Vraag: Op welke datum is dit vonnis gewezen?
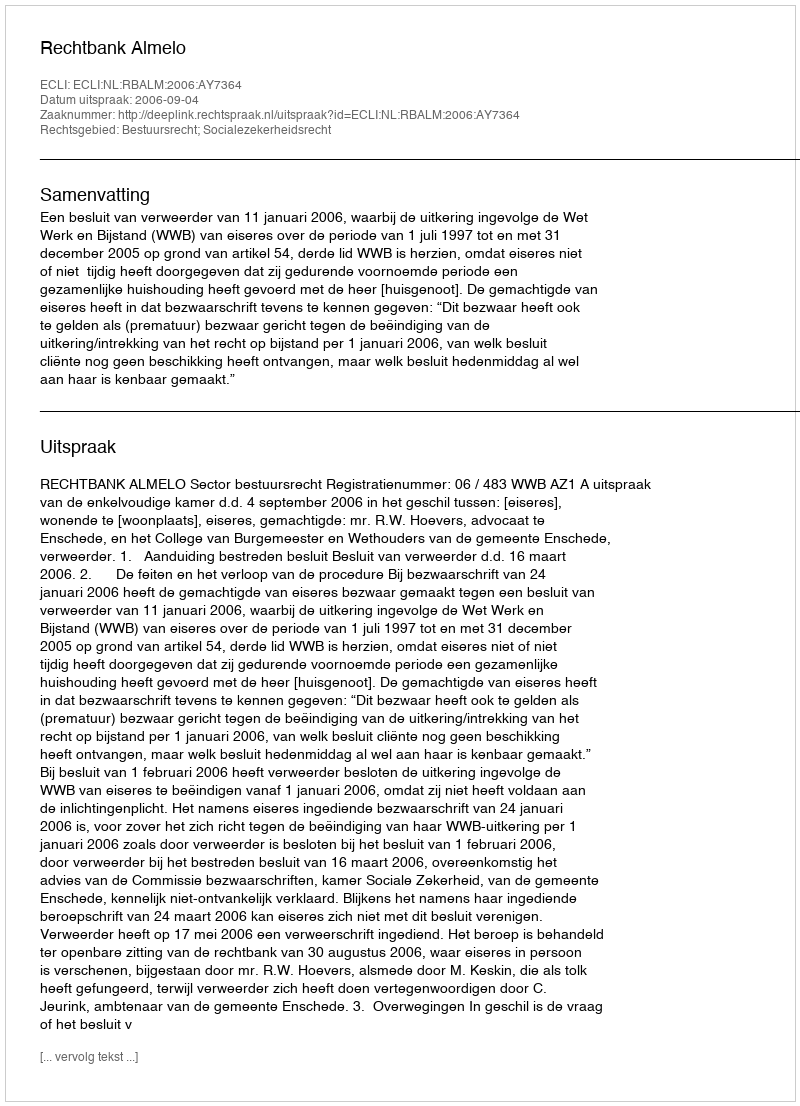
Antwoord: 2006-09-04